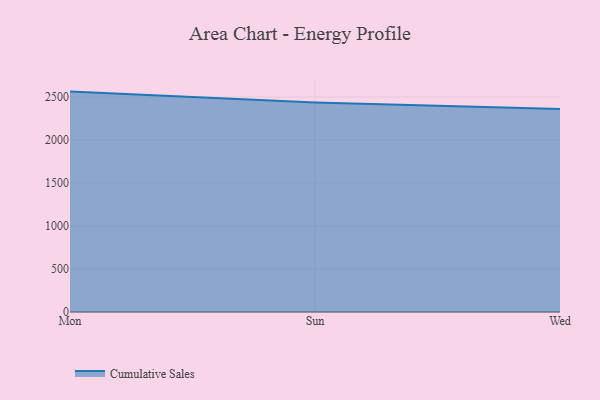
{"axis": {"x": "Day", "y": "Net Income (USD K)"}, "legend": ["Cumulative Sales"], "data": [{"x": "Mon", "y": 2563.3, "type": "Cumulative Sales"}, {"x": "Sun", "y": 2436.1, "type": "Cumulative Sales"}, {"x": "Wed", "y": 2361.3, "type": "Cumulative Sales"}]}